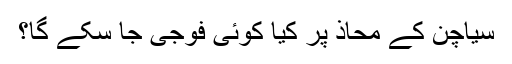
سیاچن کے محاذ پر کیا کوئی فوجی جا سکے گا؟